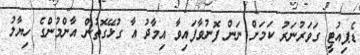
ޑެޕިއުޓީ ގަވަރުނަރު ކަމަށް ނަން ފޮނުވާފައިވާ އިމާދު އާ ގުޅޭގޮތުން އާންމުންގެ ހިޔާލު